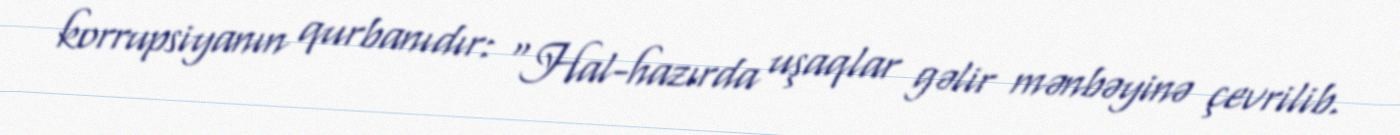
korrupsiyanın qurbanıdır: "Hal-hazırda uşaqlar gəlir mənbəyinə çevrilib.